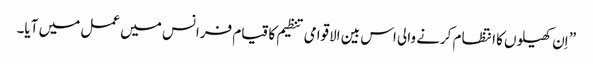
” اِن کھیلوں کا انتظام کرنے والی اس بین الاقوامی تنظیم کا قیام فرانس میں عمل میں آیا۔